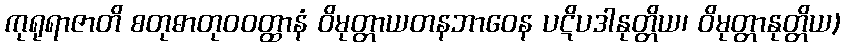
ကုရုရာဇာတိ စတုဓာတုဝဝတ္ထာနံ ဝိမုတ္တာယတနဘာဝေန ပဋိပဒါနုတ္တိယ၊ ဝိမုတ္တာနုတ္တိယ)